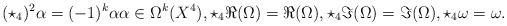
\begin{align*} (\star_4)^2 \alpha = (-1)^k \alpha \alpha \in \Omega^k(X^4), \star_4 \Re (\Omega) = \Re (\Omega), \star_4 \Im (\Omega) = \Im (\Omega), \star_4 \omega = \omega.\end{align*}